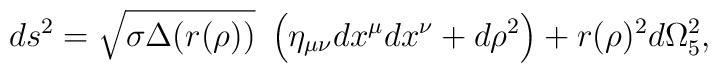
ds^2=\sqrt{\sigma\Delta(r(\rho))}~\left(\eta_{\mu\nu}dx^\mu dx^\nu      +d\rho^2\right)+r(\rho)^2 d\Omega_5^2 ,